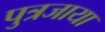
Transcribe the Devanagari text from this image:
पुत्रजाया